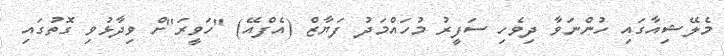
މެލޭޝިއާގައި ހުންނަވާ ދިވެހި ސަފީރު މުހައްމަދު ފަޔާޒް (އެފްއޭ) "ހަވީރަ"ށް ވިދާޅުވި ގޮތުގައި